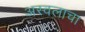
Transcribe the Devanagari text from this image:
अस्वलाचा